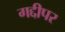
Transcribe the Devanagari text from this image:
गद्दीपर